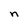
Character: n